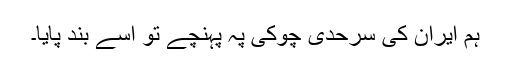
ہم ایران کی سرحدی چوکی پہ پہنچے تو اسے بند پایا۔